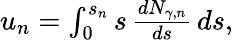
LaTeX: \begin{array}{r}{u_{n}=\int_{0}^{s_{n}}s\, \frac{dN_{\gamma,n}}{ds}\, ds,}\end{array}